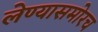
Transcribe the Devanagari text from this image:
लेण्यासमोरच